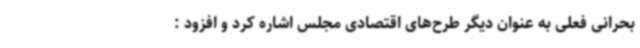
بحرانی فعلی به عنوان دیگر طرح‌های اقتصادی مجلس اشاره کرد و افزود :